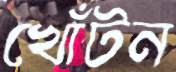
খোঁটন